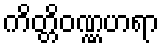
ကိတ္တိဝဏ္ဏဟရာ